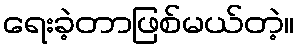
ရေးခဲ့တာဖြစ်မယ်တဲ့။